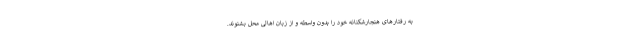
به رفتارهای هنجارشکنانه خود را بدون واسطه و از زبان اهالی محل بشنوند.